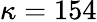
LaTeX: \kappa=154